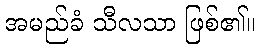
အမည်ခံ သီလသာ ဖြစ်၏။